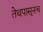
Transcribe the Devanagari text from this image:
तेथपासूनच